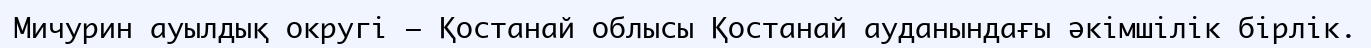
Мичурин ауылдық округі – Қостанай облысы Қостанай ауданындағы әкімшілік бірлік.